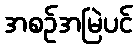
အစဉ်အမြဲပင်